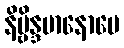
နိဗ္ဗိန္ဒမာနောပေ